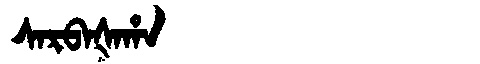
Manchu: ᠰᠠᡵᠪᠠᡧᠠᡥᠠ
Romanization: SARBAŠAHA